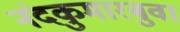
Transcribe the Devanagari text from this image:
नंदकुमारबुवा